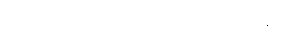
(၁၅) ကုစ္ဆိရောဂ-ဝမ်း၌ ဖြစ်သော အနာ။